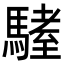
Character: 𩥏